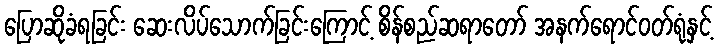
ပြောဆိုခံရခြင်း ဆေးလိပ်သောက်ခြင်းကြောင့် စိန်စည်ဆရာတော် အနက်ရောင်ဝတ်ရုံနှင့်